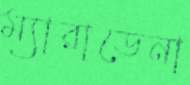
ম্যারাডেনা